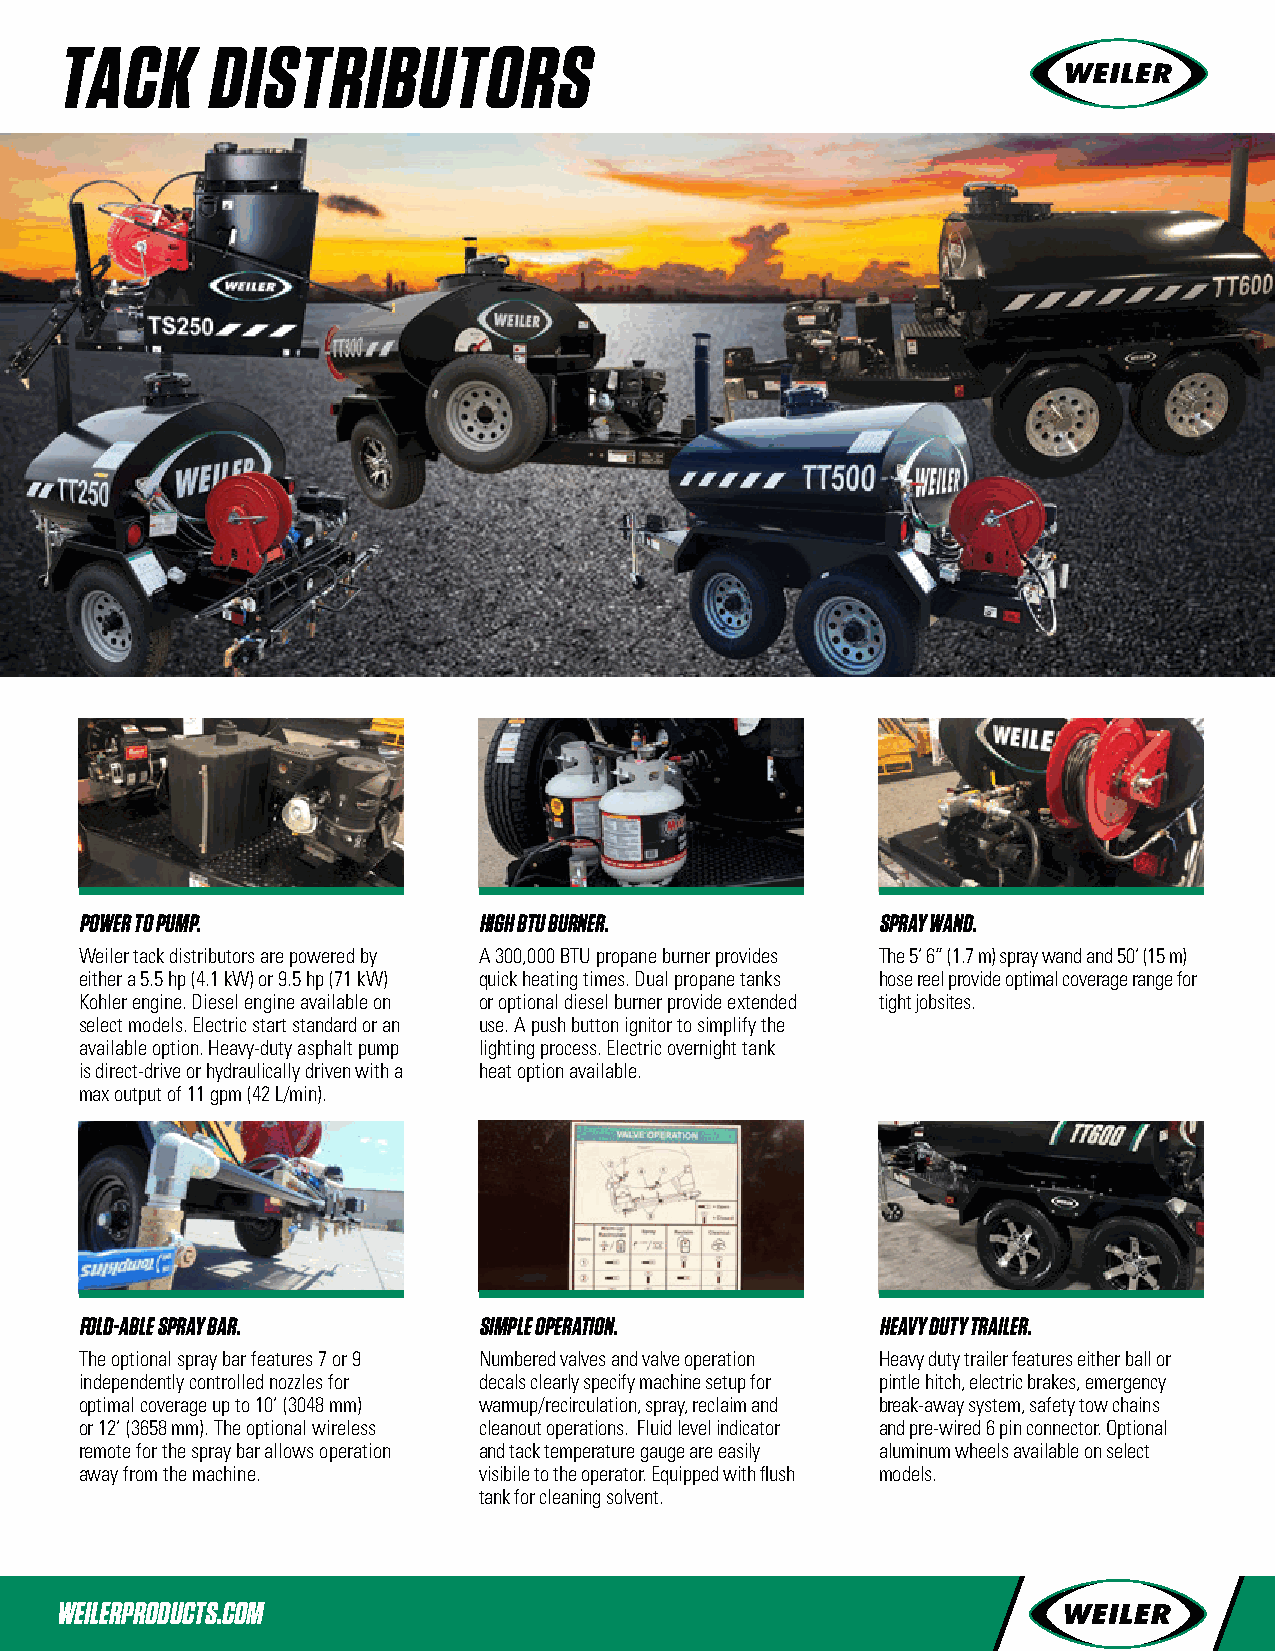
taCK      distributors
 power to pump.             high btu burner.          spray wand.
 Weiler tack distributors are powered by A 300,000 BTU propane burner provides The 5’ 6” (1.7 m) spray wand and 50’ (15 m)
 either a 5.5 hp (4.1 kW) or 9.5 hp (71 kW) quick heating times. Dual propane tanks hose reel provide optimal coverage range for
 Kohler engine. Diesel engine available on or optional diesel burner provide extended tight jobsites.
 select models. Electric start standard or an use. A push button ignitor to simplify the
 available option. Heavy-duty asphalt pump lighting process. Electric overnight tank
 is direct-drive or hydraulically driven with a heat option available.
 max output of 11 gpm (42 L/min).
 fold-able spray bar.       simple operation.         heavy duty trailer.
 The optional spray bar features 7 or 9 Numbered valves and valve operation Heavy duty trailer features either ball or
 independently controlled nozzles for decals clearly specify machine setup for pintle hitch, electric brakes, emergency
 optimal coverage up to 10’ (3048 mm) warmup/recirculation, spray, reclaim and break-away system, safety tow chains
 or 12’ (3658 mm). The optional wireless cleanout operations. Fluid level indicator and pre-wired 6 pin connector. Optional
 remote for the spray bar allows operation and tack temperature gauge are easily aluminum wheels available on select
 away from the machine.     visibile to the operator. Equipped with flush models.
 tank for cleaning solvent.
 weilerproduCts.Com